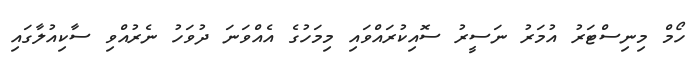
ހޯމް މިނިސްޓަރު އުމަރު ނަސީރު ސޮއިކުރައްވައި މިމަހުގެ އެއްވަަނަ ދުވަހު ނެރުއްވި ސާކިއުލާގައި